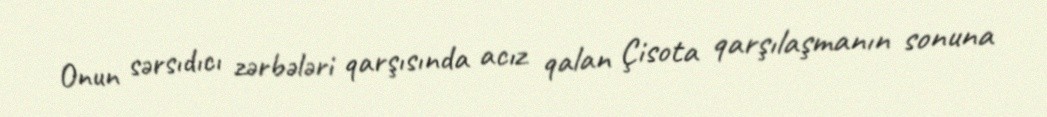
Onun sərsıdıcı zərbələri qarşısında acız qalan Çisota qarşılaşmanın sonuna